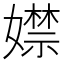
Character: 𡢾